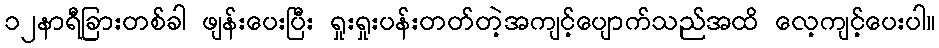
၁၂နာရီခြားတစ်ခါ ဖျန်းပေးပြီး ရှုးရှုးပန်းတတ်တဲ့အကျင့်ပျောက်သည်အထိ လေ့ကျင့်ပေးပါ။